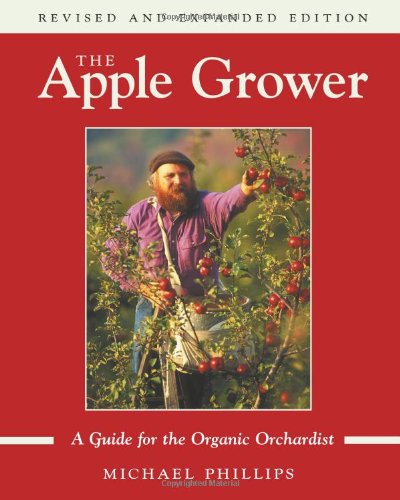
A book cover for The Apple Grower: A Guide for the Organic Orchardist; Michael Phillips; Crafts, Hobbies & Home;